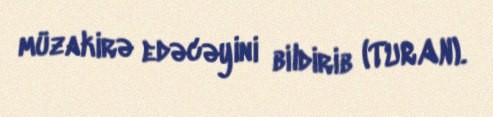
müzakirə edəcəyini bildirib (TURAN).